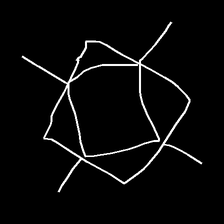
Glyph: light